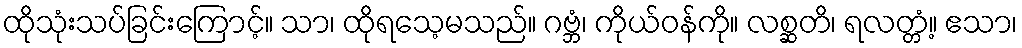
ထိုသုံးသပ်ခြင်းကြောင့်။ သာ၊ ထိုရသေ့မသည်။ ဂဗ္ဘံ၊ ကိုယ်ဝန်ကို။ လစ္ဆတိ၊ ရလတ္တံ့။ ဧသာ၊